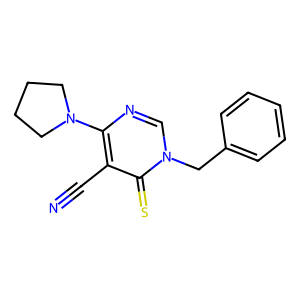
SMILES: N#Cc1c(N2CCCC2)ncn(Cc2ccccc2)c1=S
Inhibits HIV replication: No